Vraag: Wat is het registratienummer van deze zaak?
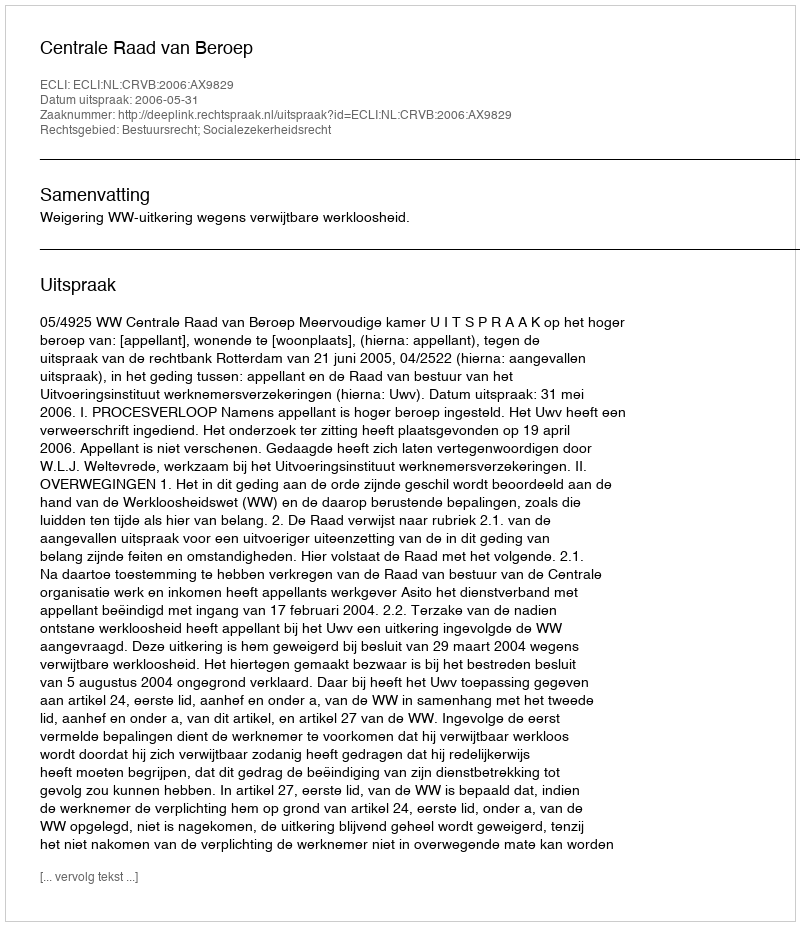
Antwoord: http://deeplink.rechtspraak.nl/uitspraak?id=ECLI:NL:CRVB:2006:AX9829